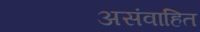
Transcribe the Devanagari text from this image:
असंवाहित